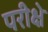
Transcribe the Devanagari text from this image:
परीक्षे